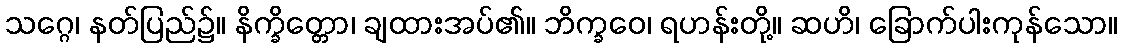
သဂ္ဂေ၊ နတ်ပြည်၌။ နိက္ခိတ္တော၊ ချထားအပ်၏။ ဘိက္ခဝေ၊ ရဟန်းတို့။ ဆဟိ၊ ခြောက်ပါးကုန်သော။